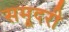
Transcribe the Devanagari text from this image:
समूदरी